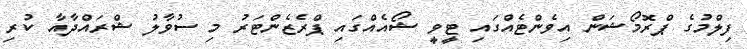
ފިލްމުގެ ޕްރޮމޯޝަން އިވެންޓެއްގައި ޓީވީ ޝޯއެއްގައި ޕްރެޒެންޓަރު މި ސުވާލު ޝްރައްދާއާ ކުރި